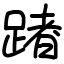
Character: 踷